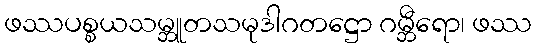
ဖဿပစ္စယသမ္ဘူတသမုဒါဂတဋ္ဌော ဂမ္ဘီရော၊ ဖဿ